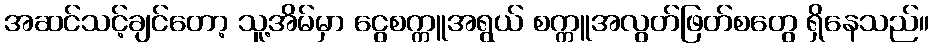
အဆင်သင့်ချင်တော့ သူ့အိမ်မှာ ငွေစက္ကူအရွယ် စက္ကူအလွတ်ဖြတ်စတွေ ရှိနေသည်။